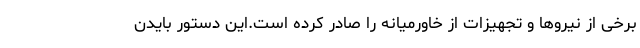
برخی از نیروها و تجهیزات از خاورمیانه را صادر کرده است.این دستور بایدن